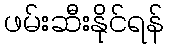
ဖမ်းဆီးနိုင်ရန်